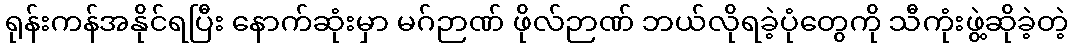
ရုန်းကန်အနိုင်ရပြီး နောက်ဆုံးမှာ မဂ်ဉာဏ် ဖိုလ်ဉာဏ် ဘယ်လိုရခဲ့ပုံတွေကို သီကုံးဖွဲ့ဆိုခဲ့တဲ့